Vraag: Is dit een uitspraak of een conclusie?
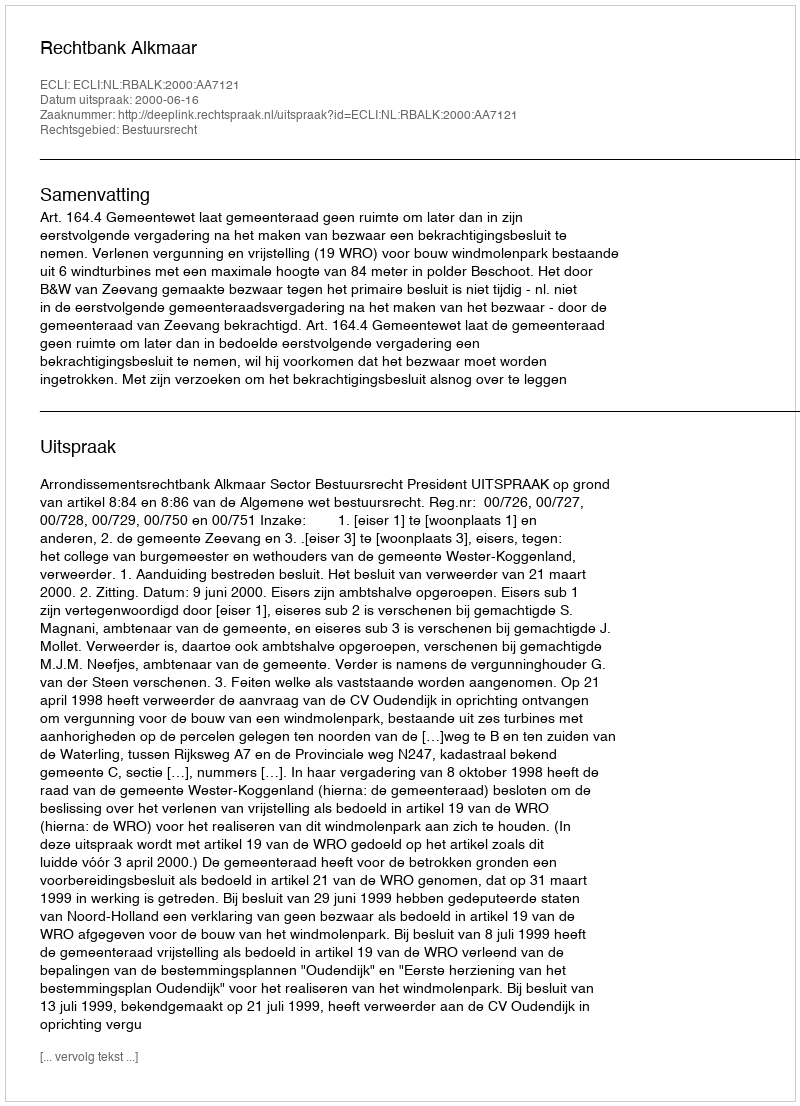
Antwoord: Uitspraak